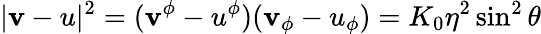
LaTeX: |\mathbf{v}-u|^{2}=(\mathbf{v}^{\phi}-u^{\phi})(\mathbf{v}_{\phi}-u_{\phi})=K_{0}\eta^{2}\sin^{2}\theta